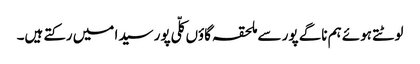
لوٹتے ہوئے ہم ناگے پور سے ملحقہ گاؤں کلّی پور سیدا میں رکتے ہیں۔